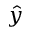
\hat { y }